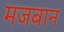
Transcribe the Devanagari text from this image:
मजबान